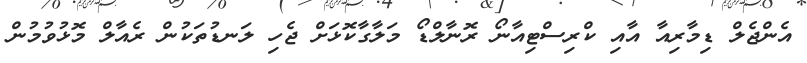
އެންޖެލް ޑިމާރިއާ އާއި ކްރިސްޓިއާނޯ ރޮނާލްޑޯ މަލާގާކޮޅަށް ޖެހި ލަނޑުތަކުން ރެއާލް މޮޅުވުމުން